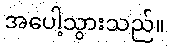
အပေါ့သွားသည်။